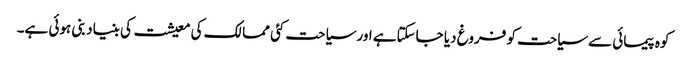
کوہ پیمائی سے سیاحت کو فروغ دیا جاسکتاہے اور سیاحت کئی ممالک کی معیشت کی بنیاد بنی ہوئی ہے۔